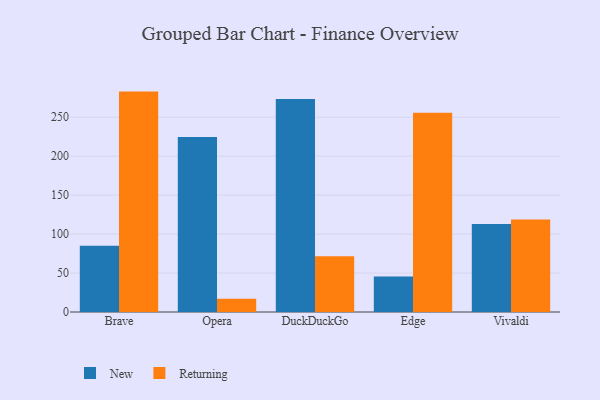
{"axis": {"x": "Browser", "y": "Satisfaction Score"}, "legend": ["New", "Returning"], "data": [{"x": "Brave", "y": 85.1, "type": "New"}, {"x": "Brave", "y": 282.9, "type": "Returning"}, {"x": "Opera", "y": 224.7, "type": "New"}, {"x": "Opera", "y": 17.0, "type": "Returning"}, {"x": "DuckDuckGo", "y": 273.3, "type": "New"}, {"x": "DuckDuckGo", "y": 71.5, "type": "Returning"}, {"x": "Edge", "y": 45.5, "type": "New"}, {"x": "Edge", "y": 255.8, "type": "Returning"}, {"x": "Vivaldi", "y": 112.9, "type": "New"}, {"x": "Vivaldi", "y": 118.6, "type": "Returning"}]}